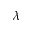
\lambda